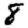
Digit: 8